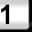
Digit: 1